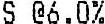
S @6.0%